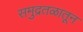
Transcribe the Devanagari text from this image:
समुद्रतळातून